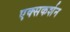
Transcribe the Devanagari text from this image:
एक्सकर्शन